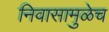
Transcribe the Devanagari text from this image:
निवासामुळेच